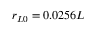
r _ { L 0 } = 0 . 0 2 5 6 L